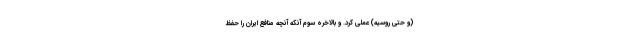
(و حتی روسیه) عملی کرد. و بالاخره سوم آنکه آنچه منافع ایران را حفظ